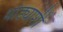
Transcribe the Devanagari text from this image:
थोड्याशी